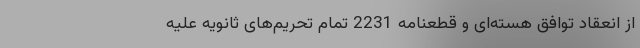
از انعقاد توافق هسته‌ای و قطعنامه 2231 تمام تحریم‌های ثانویه علیه